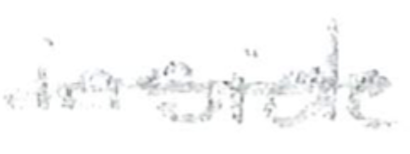
Text: inside
Cross-out: single-line
Writing tool: pencil